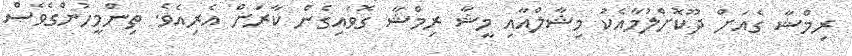
ރިމްޝާ ގެއަށް ދޫކޮށްލުމާއެކު މިޝާލްއާއި މީޝާ ރިމްޝާ ގޮވައިގެން ކާރަށް އެރިއެވެ. ތިންމީހުންގެވެސް